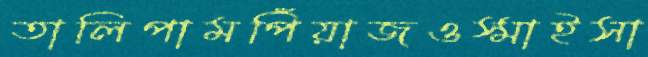
তালিপামপিঁয়াজওস্মাইসা